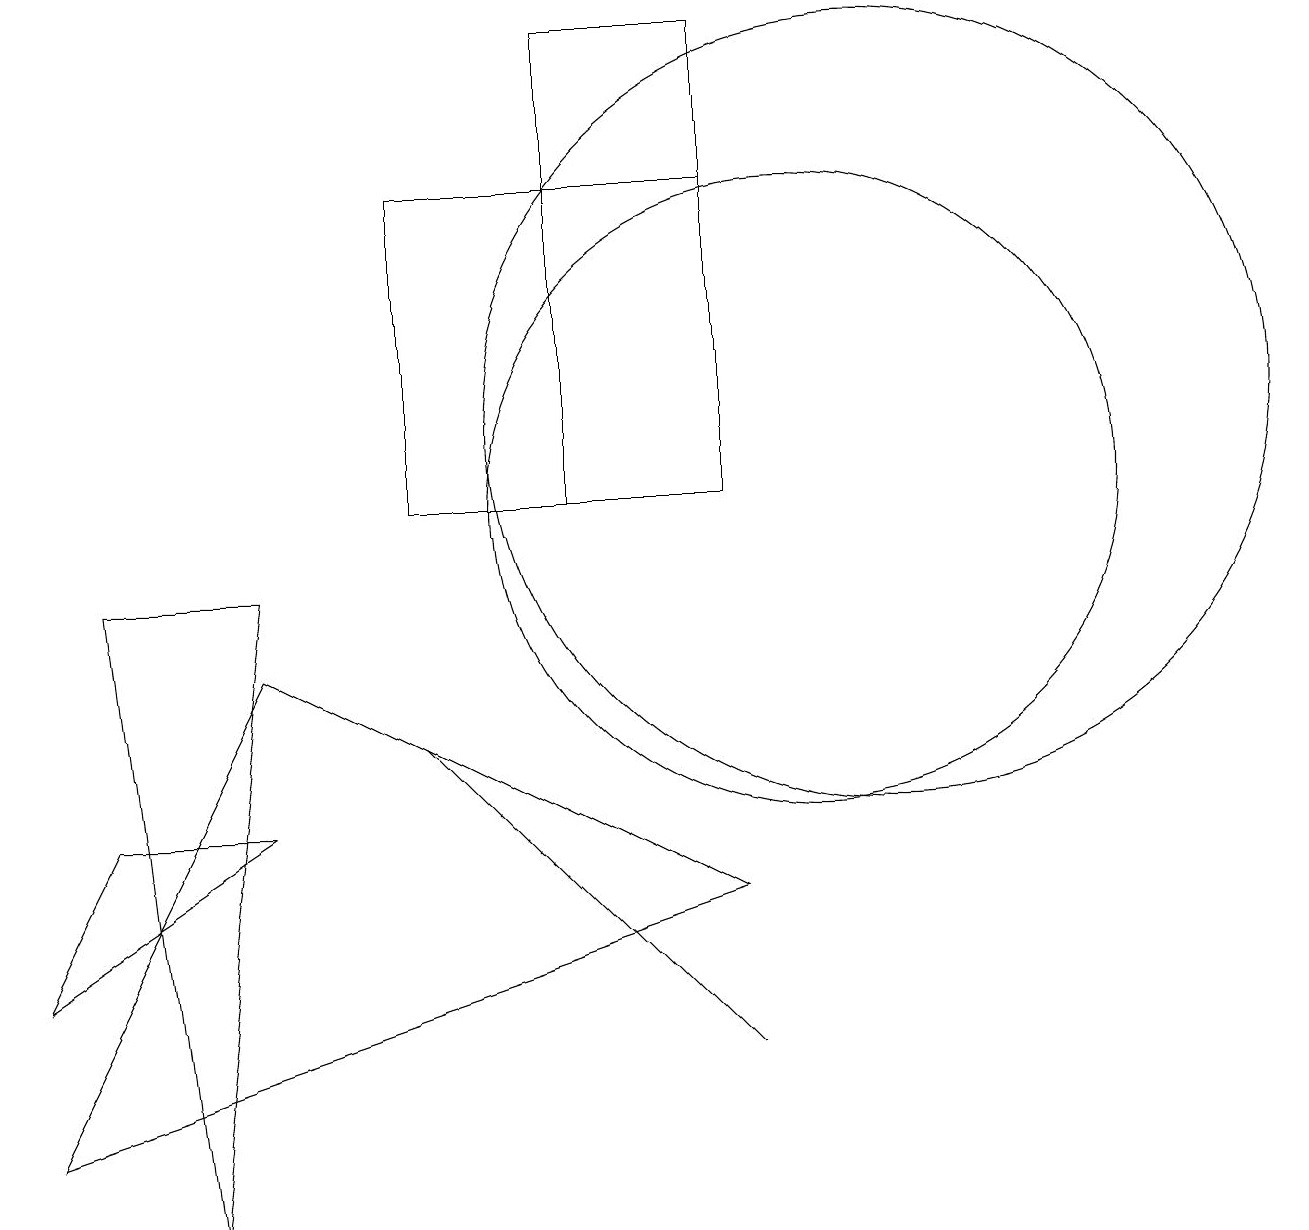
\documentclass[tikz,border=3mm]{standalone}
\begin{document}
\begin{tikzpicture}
\draw (5,14) rectangle (9,10);
\draw (9,3) -- (5,7) -- (7,5) -- cycle;
\draw (3,8) -- (0,2) -- (9,5) -- cycle;
\draw (2,1) -- (1,9) -- (3,9) -- cycle;
\draw (9,16) rectangle (7,10);
\draw (11,11) circle (5);
\draw (10,10) circle (4);
\draw (0,4) -- (1,6) -- (3,6) -- cycle;
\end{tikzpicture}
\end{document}